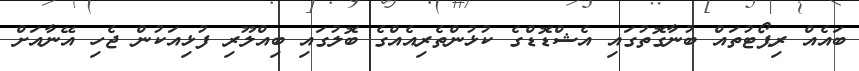
ބައެއް ރިޕޯޓުތައް ބުނާގޮތުގައި އެޝްޑޮޑްގެ ކުޅުންތެރިއެއްގެ ބޮލުގައި ބިއްލޫރި ފުޅިއަކުން ޖެހި އޭނާއަށް